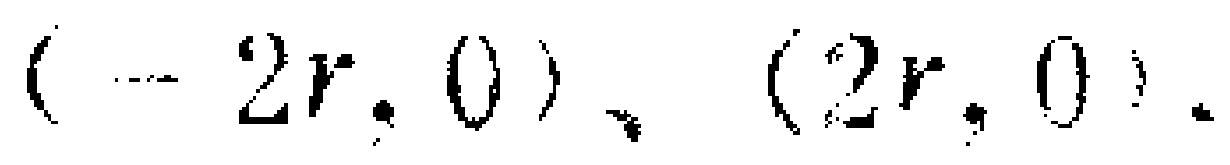
$(- 2r,0)、(2r,0).$